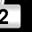
Digit: 2